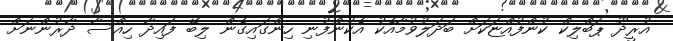
އުރީދޫ ޕަބްލިކް ކުންފުއްޏަކަށް ބަދަލުވުމާއެކު އެކުންފުނި ހިންގައިގެން ލިބޭ ފައިދާ ހިއްސާ ދާރުންނަށް